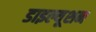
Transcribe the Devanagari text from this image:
डाइल्यूशन